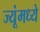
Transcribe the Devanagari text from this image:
ज्यूंमध्ये